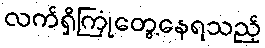
လက်ရှိကြုံတွေ့နေရသည့်